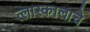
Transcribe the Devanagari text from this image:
त्लास्कालाचे